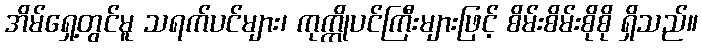
အိမ်ရှေ့တွင်မူ သရက်ပင်များ၊ ကုက္ကိုပင်ကြီးများဖြင့် စိမ်းစိမ်းစိုစို ရှိသည်။